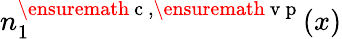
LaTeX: n_{1}^{\ensuremath{\mathrm{~c~}},\ensuremath{\mathrm{~v~p~}}}(x)